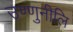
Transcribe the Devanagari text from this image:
उण्णुनीलि